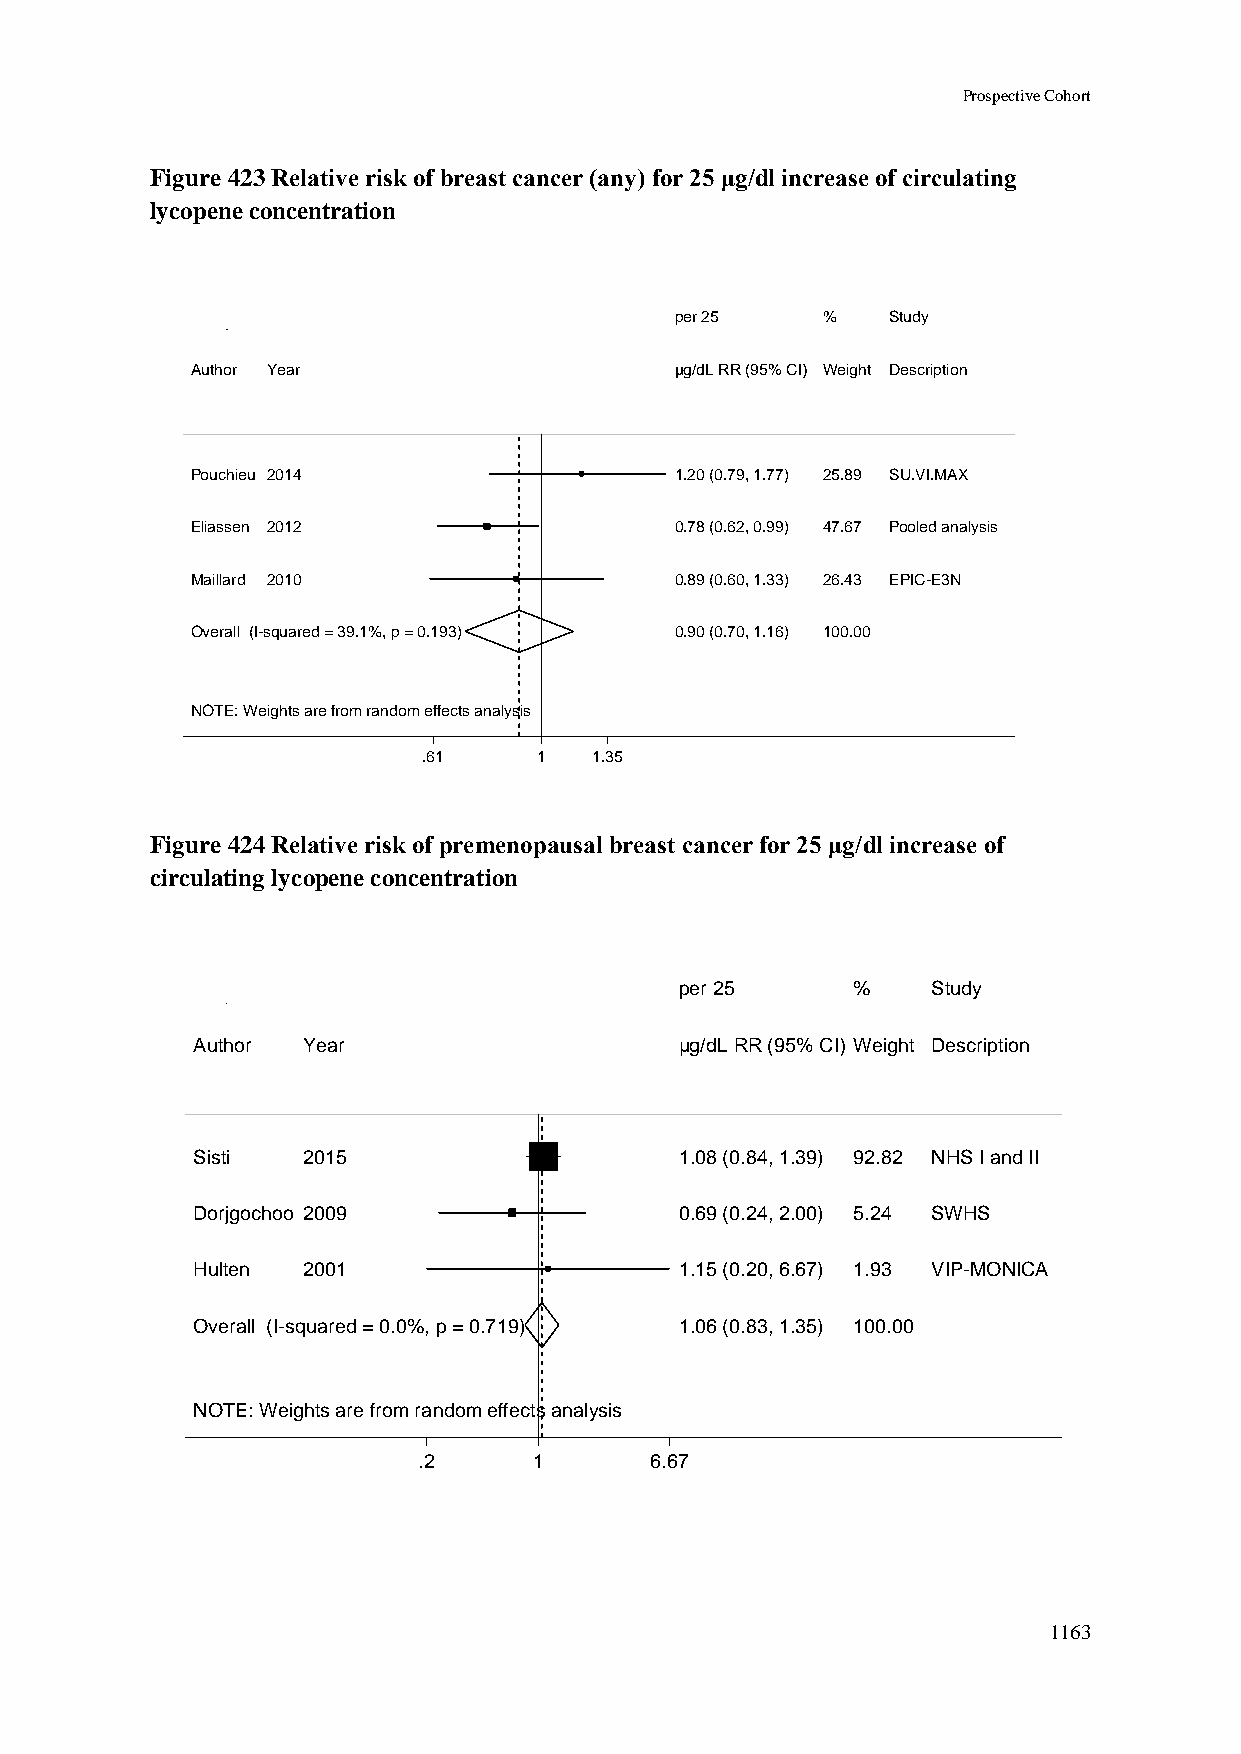
Prospective Cohort
 Figure 423 Relative risk of breast cancer (any) for 25 μg/dl increase of circulating
 lycopene concentration
 ppeerr 2255 %% Study
 Author Year                     µµgg//ddLL RRRR ((9955%% CCII)) WWeeiigghhtt Description
 Pouchieu 2014                   11..2200 ((00..7799,, 11..7777)) 2255..8899 SU.VI.MAX
 Eliassen 2012                   00..7788 ((00..6622,, 00..9999)) 4477..6677 Pooled analysis
 Maillard 2010                   00..8899 ((00..6600,, 11..3333)) 2266..4433 EPIC-E3N
 Overall (I-squared = 39.1%, p = 0.193) 00..9900 ((00..7700,, 11..1166)) 110000..0000
 NOTE: Weights are from random effects analysis
 .61     11 1.35
 Figure 424 Relative risk of premenopausal breast cancer for 25 μg/dl increase of
 circulating lycopene concentration
 ppeerr 2255 %%   Study
 Author Year                     µµgg//ddLL RRRR ((9955%% CCII)) WWeeiigghhtt Description
 Sisti  2015                     11..0088 ((00..8844,, 11..3399)) 9922..8822 NHS I and II
 Dorjgochoo 2009                 00..6699 ((00..2244,, 22..0000)) 55..2244 SWHS
 Hulten 2001                     11..1155 ((00..2200,, 66..6677)) 11..9933 VIP-MONICA
 Overall (I-squared = 0.0%, p = 0.719) 11..0066 ((00..8833,, 11..3355)) 110000..0000
 NOTE: Weights are from random effects analysis
 .2     11      6.67
 1163